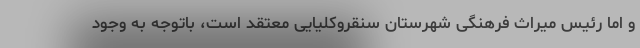
و اما رئیس میراث فرهنگی شهرستان سنقروکلیایی معتقد است، باتوجه به وجود